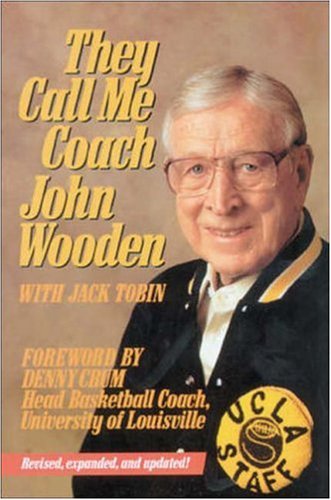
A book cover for They Call Me Coach; John R. Wooden; Sports & Outdoors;